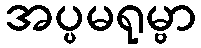
အပ္ပမရုမ္ဗာ